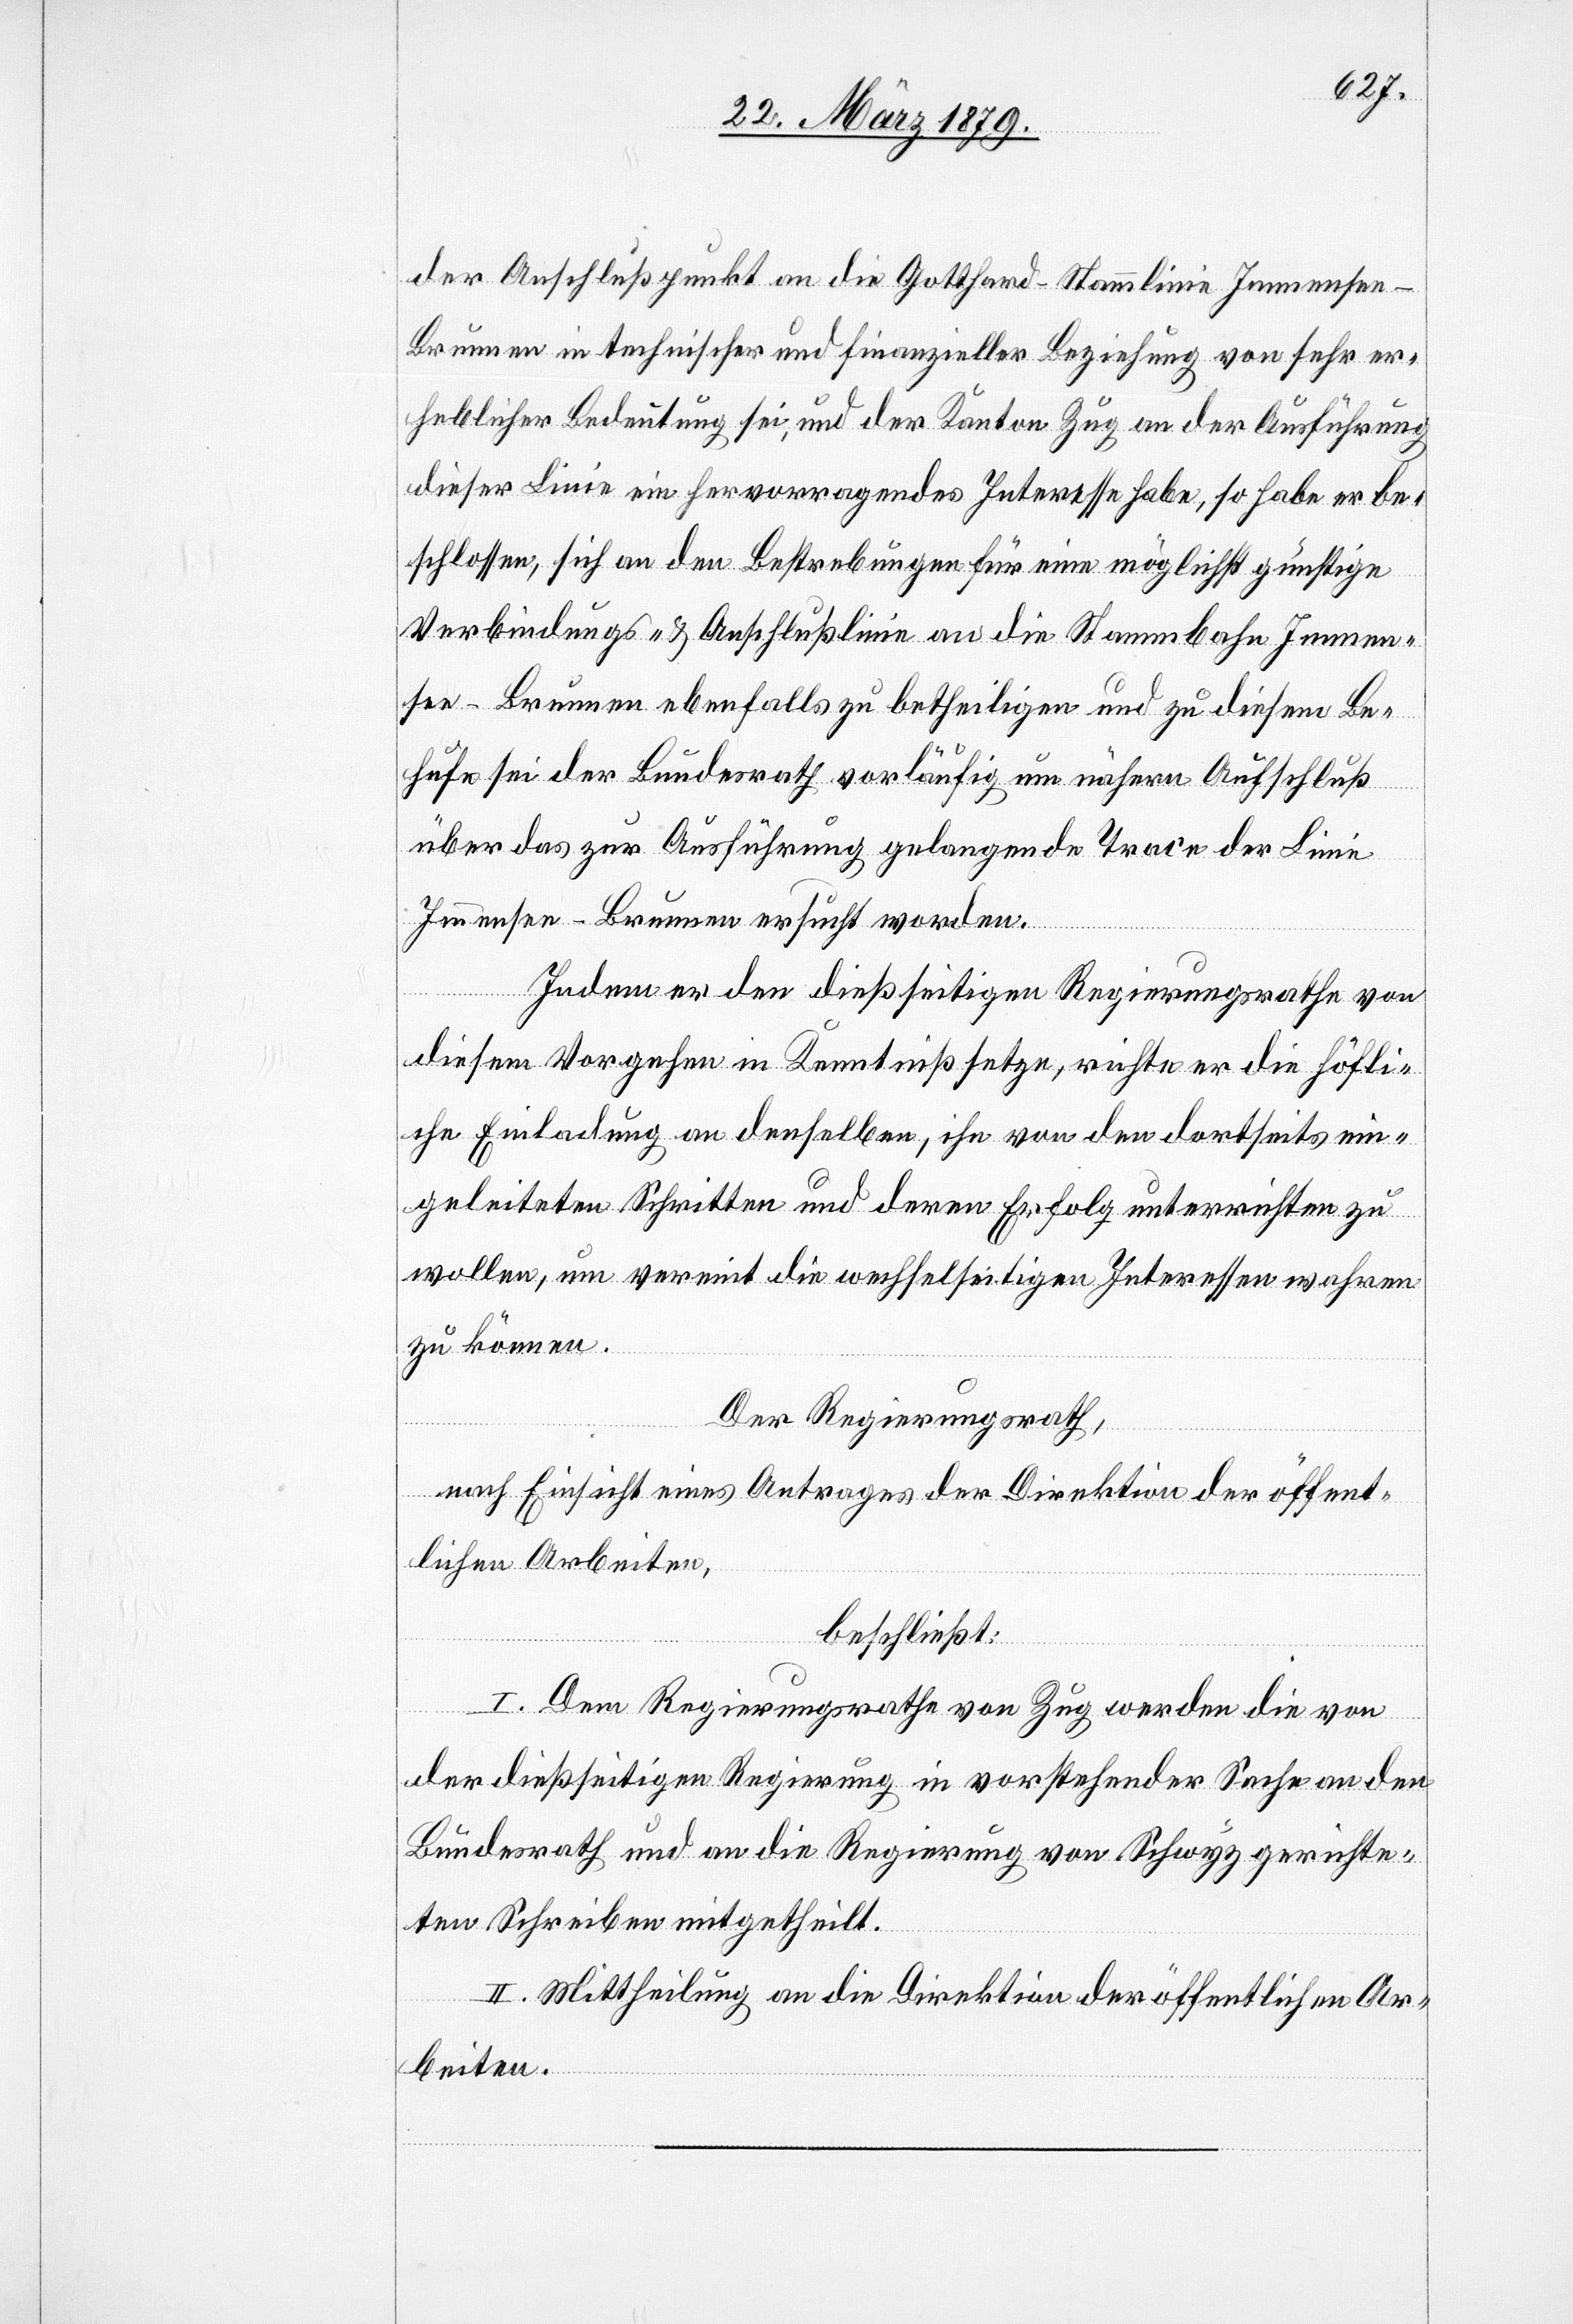
der Anschlußpunkt an die Gotthard-Stammlinie Immense¬
e–Brunnen in technischer und finanzieller Beziehung von sehr er¬
heblicher Bedeutung sei, und der Kanton Zug an der Ausführung
dieser Linie ein hervorragendes Interesse habe, so habe er be¬
schlossen, sich an den Bestrebungen für eine möglichst günstige
Verbindungs- & Anschlußlinie an die Stammbahn Immen¬
see–Brunnen ebenfalls zu betheiligen und zu diesem Be¬
hufe sei der Bundesrath vorläufig um nähern Aufschluß
über das zur Ausführung gelangende Trace der Linie
Immensee–Brunnen ersucht worden.
Indem er den dießseitigen Regierungsrathe von
diesem Vorgehen in Kenntniß setze, richte er die höfli¬
che Einladung an denselben, ihn von den dortseits ein¬
geleiteten Schritten und deren Erfolg unterrichten zu
wollen, um vereint die wechselseitigen Interessen wahren
zu können.
Der Regierungsrath,
nach Einsicht eines Antrages der Direktion der öffent¬
lichen Arbeiten,
beschließt:
I. Dem Regierungsrathe von Zug werden die von
der dießseitigen Regierung in vorstehender Sache an den
Bundesrath und an die Regierung von Schwyz gerichte¬
ten Schreiben mitgetheilt.
II. Mittheilung an die Direktion der öffentlichen Ar¬
beiten.